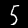
Label: 5